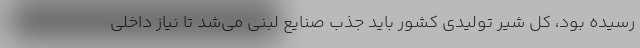
رسیده بود، کل شیر تولیدی کشور باید جذب صنایع لبنی می‌شد تا نیاز داخلی